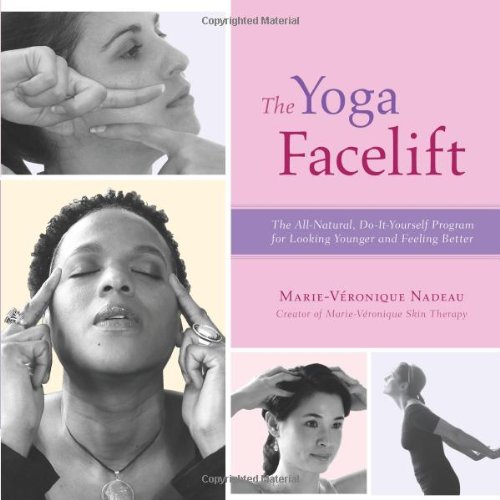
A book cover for The Yoga Facelift; Marie-VÃ©ronique Nadeau; Health, Fitness & Dieting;